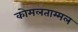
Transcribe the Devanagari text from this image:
कोमलताम्मल